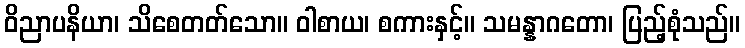
ဝိညာပနိယာ၊ သိစေတတ်သော။ ဝါစာယ၊ စကားနှင့်။ သမန္နာဂတော၊ ပြည့်စုံသည်။